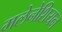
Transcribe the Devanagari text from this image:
मलेनेशियन